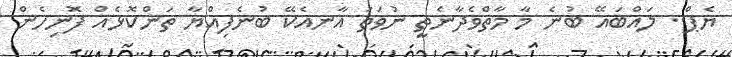
ޔެޕް.. ލައްބައޭ ބުނެ މާ މާތްވެދާނެތީ ނުވަތަ އާނއެކޭ ބުނެފިއްޔާ ތަންކޮޅެއް ފޮނިހެން